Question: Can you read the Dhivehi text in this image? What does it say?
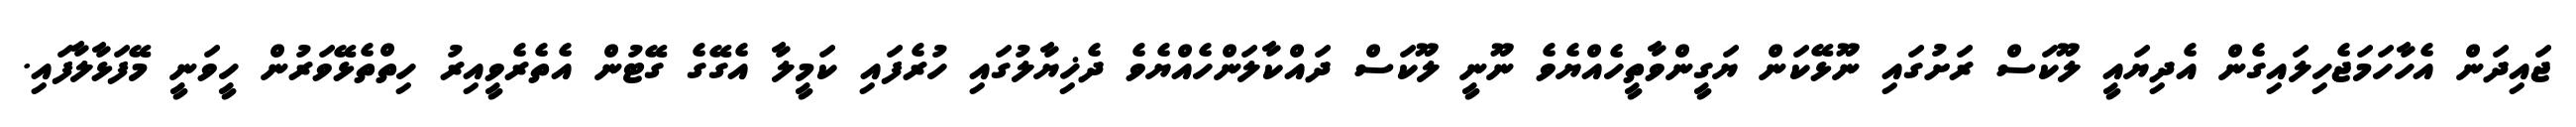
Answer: ޖައިދަން އެހާހަމަޖެހިލައިގެން އެދިޔައީ ލޫކަސް ރަށުގައި ނޫޅޭކަން ޔަގީންވާތީހެއްޔެވެ ނޫނީ ލޫކަސް ދައްކާލަންހެއްޔެވެ ދެޚިޔާލުގައި ހުރެފައި ކަމީލާ އެގޭގެ ގޭޓުން އެތެރެވީއިރު ހިތްތެޅޭވަރުން ހީވަނީ މޭފަޅާލާފައި.